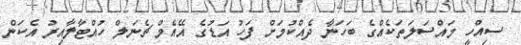
ސިއްހީ މައްސަލަތަކެއްގެ ބަހަނާ ދެއްކުމަށް ފަހު އަޑުގެ އޭއެމް ޗެނަލް ހުއްޓާލާއިރު އެކަން